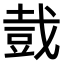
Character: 𧯥